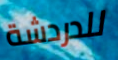
للدردشة